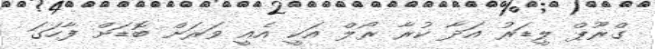
ގްރޫޕް ލީޑަރު އަދާ ކުރާ ރޯލް އަކީ އެއީ ވަރަށް ބޮޑަށް ފާހަގަ